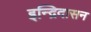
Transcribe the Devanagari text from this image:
इन्द्रिदासन